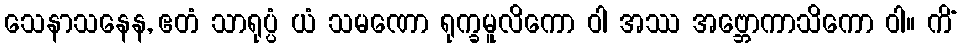
သေနာသနေန, ဧတံ သာရုပ္ပံ ယံ သမဏော ရုက္ခမူလိကော ဝါ အဿ အဗ္ဘောကာသိကော ဝါ။ ကိံ